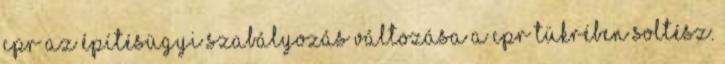
CPR Az építésügyi szabályozás változása a CPR tükrében Soltész.